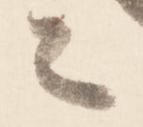
々